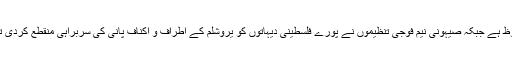
1948 ء کی جنگ تاریخ کے اوراق میں محفوظ ہے جبکہ صیہونی نیم فوجی تنظیموں نے پورے فلسطینی دیہاتوں کو یروشلم کے اطراف و اکناف پانی کی سربراہی منقطع کردی تھی تاکہ اس علاقہ میں نسل کشی کی جاسکے۔